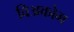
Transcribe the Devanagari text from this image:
विअकोम